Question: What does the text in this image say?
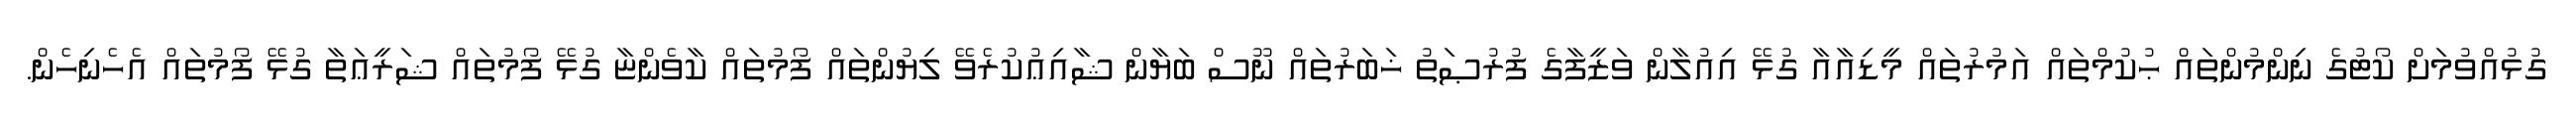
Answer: ގުޅުއްވުމަށް ކޯޓުގެ ނިންމުންތައް ޙުކުމްތައް އަމުރުތައް މީޑިއާއާ ގުޅޭ އިއުލާން ވަޒީފާގެ ފުރުޞަތު ޚަބަރުތައް ނޫސް ބަޔާން ޝާއިޢުކުރެވޭ ލިޔުންތައް ފޯމުތައް ކާވެންޏާ ގުޅޭ ފޯމުތައް ޝަރީޢަތާ ގުޅޭ ފޯމުތައް އެހެނިހެން.